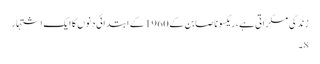
زندگی مسکراتی ہے، ریکسونا صابن کے 1960 کے ابتدائی دنوں کا ایک اشتہار
8۔